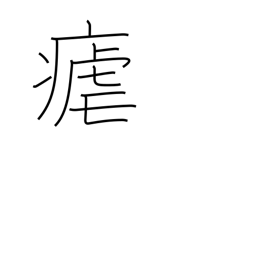
Meaning: intermittent fever